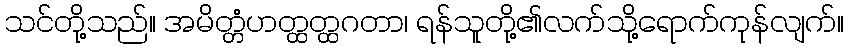
သင်တို့သည်။ အမိတ္တံဟတ္ထတ္ထဂတာ၊ ရန်သူတို့၏လက်သို့ရောက်ကုန်လျက်။